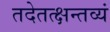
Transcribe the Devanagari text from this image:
तदेतत्क्षन्तव्यं